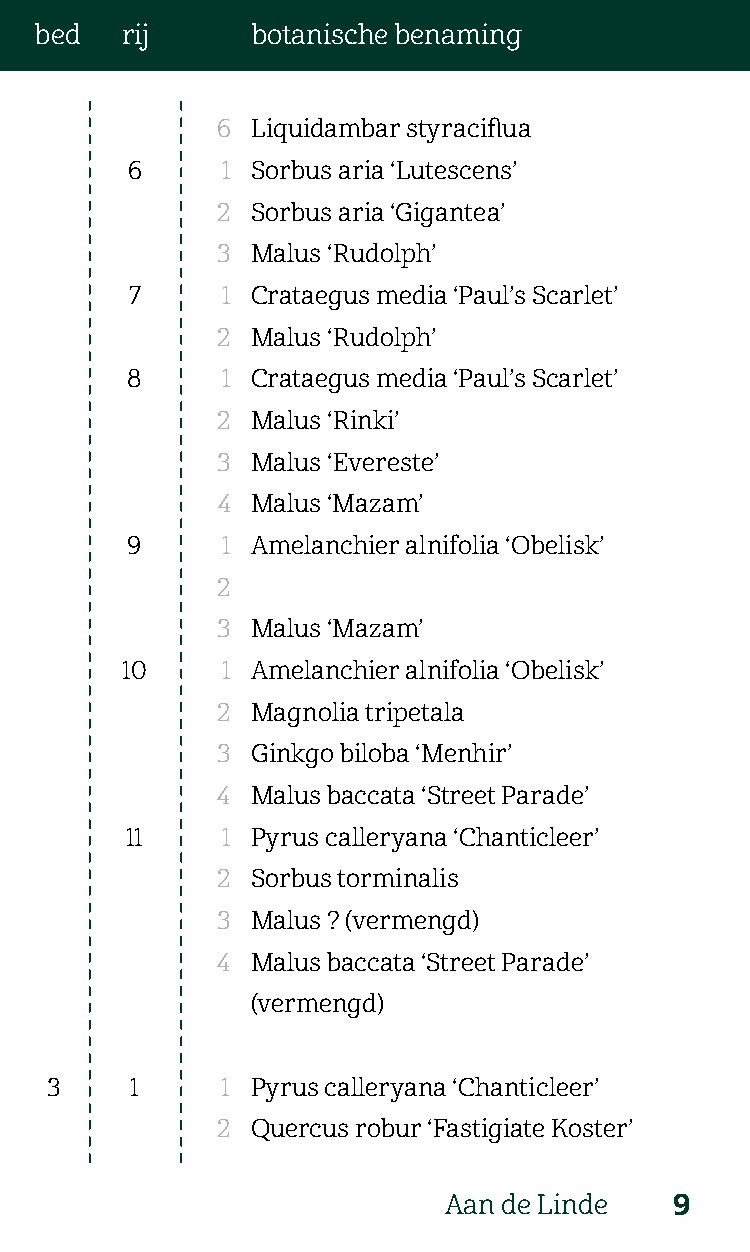
bed   rij      botanische benaming
 6  Liquidambar styraciflua
 6      1 Sorbus aria ‘Lutescens’
 2  Sorbus aria ‘Gigantea’
 3  Malus ‘Rudolph’
 7     1 Crataegus media ‘Paul’s Scarlet’
 2  Malus ‘Rudolph’
 8      1 Crataegus media ‘Paul’s Scarlet’
 2  Malus ‘Rinki’
 3  Malus ‘Evereste’
 4  Malus ‘Mazam’
 9      1 Amelanchier alnifolia ‘Obelisk’
 2
 3  Malus ‘Mazam’
 10     1 Amelanchier alnifolia ‘Obelisk’
 2  Magnolia tripetala
 3  Ginkgo biloba ‘Menhir’
 4  Malus baccata ‘Street Parade’
 11     1 Pyrus calleryana ‘Chanticleer’
 2  Sorbus torminalis
 3  Malus ? (vermengd)
 4  Malus baccata ‘Street Parade’
 (vermengd)
 3     1     1 Pyrus calleryana ‘Chanticleer’
 2  Quercus robur ‘Fastigiate Koster’
 Aan de Linde    9